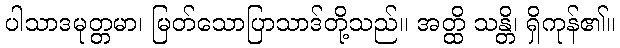
ပါသာဒမုတ္တမာ၊ မြတ်သောပြာသာဒ်တို့သည်။ အတ္ထိ သန္တိ၊ ရှိကုန်၏။